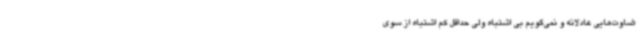
ضاوت‌هایی عادلانه و نمی‌گویم بی اشتباه ولی حداقل کم اشتباه از سوی